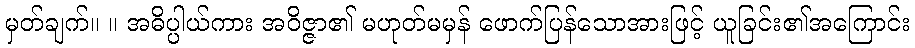
မှတ်ချက်။ ။ အဓိပ္ပါယ်ကား အဝိဇ္ဇာ၏ မဟုတ်မမှန် ဖောက်ပြန်သောအားဖြင့် ယူခြင်း၏အကြောင်း